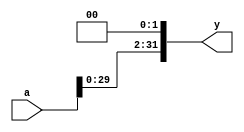
module s12(
    input wire [31:0] a,
    output wire [31:0] y
    );

assign y = {a[29:0], 2'b00}; // shift left 2

endmodule